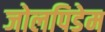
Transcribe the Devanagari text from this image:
जोलपिडेम